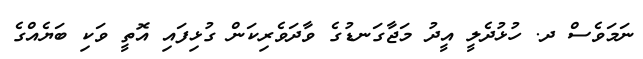
ނަމަވެސް ދ. ހުޅުދެލީ އީދު މަޖާގަނޑުގެ ވާދަވެރިކަން ގުޅިފައި އޮތީ ވަކި ބަޔެއްގެ